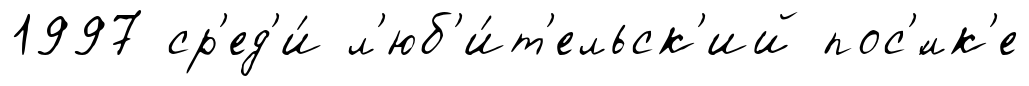
1997 ср'ед'и́ л'юб'и́т'ельск'ий пос'́лк'е